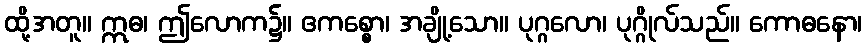
ထို့အတူ။ ဣဓ၊ ဤလောက၌။ ဧကစ္စော၊ အချို့သော။ ပုဂ္ဂလော၊ ပုဂ္ဂိုလ်သည်။ ကောဓနော၊